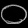
Digit: ၀